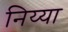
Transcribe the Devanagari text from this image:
निय्या